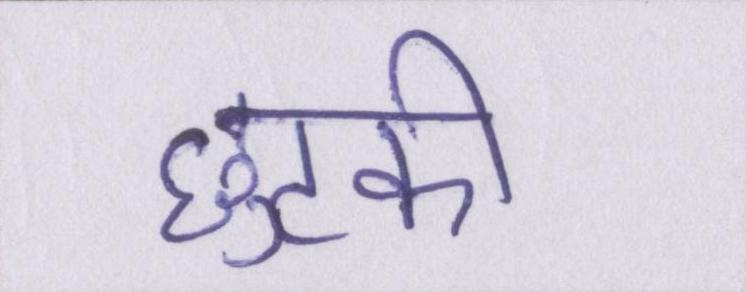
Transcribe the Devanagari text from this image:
छुटकी